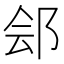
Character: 郐